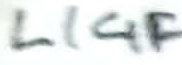
Text: LIGF1